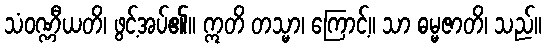
သံဝဏ္ဏီယတိ၊ ဖွင့်အပ်၏။ ဣတိ တသ္မာ၊ ကြောင့်။ သာ ဓမ္မဇာတိ၊ သည်။